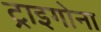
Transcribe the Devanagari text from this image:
ट्राइगोना